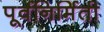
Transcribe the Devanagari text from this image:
पूर्वनिर्मिती